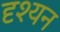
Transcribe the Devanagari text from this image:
दृश्यन